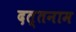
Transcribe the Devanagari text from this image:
दत्तनाम